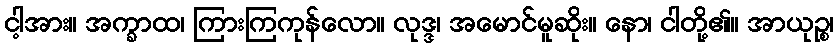
ငါ့အား။ အက္ခာထ၊ ကြားကြကုန်လော။ လုဒ္ဒ၊ အမောင်မူဆိုး။ နော၊ ငါတို့၏။ အာယုဉ္စ၊